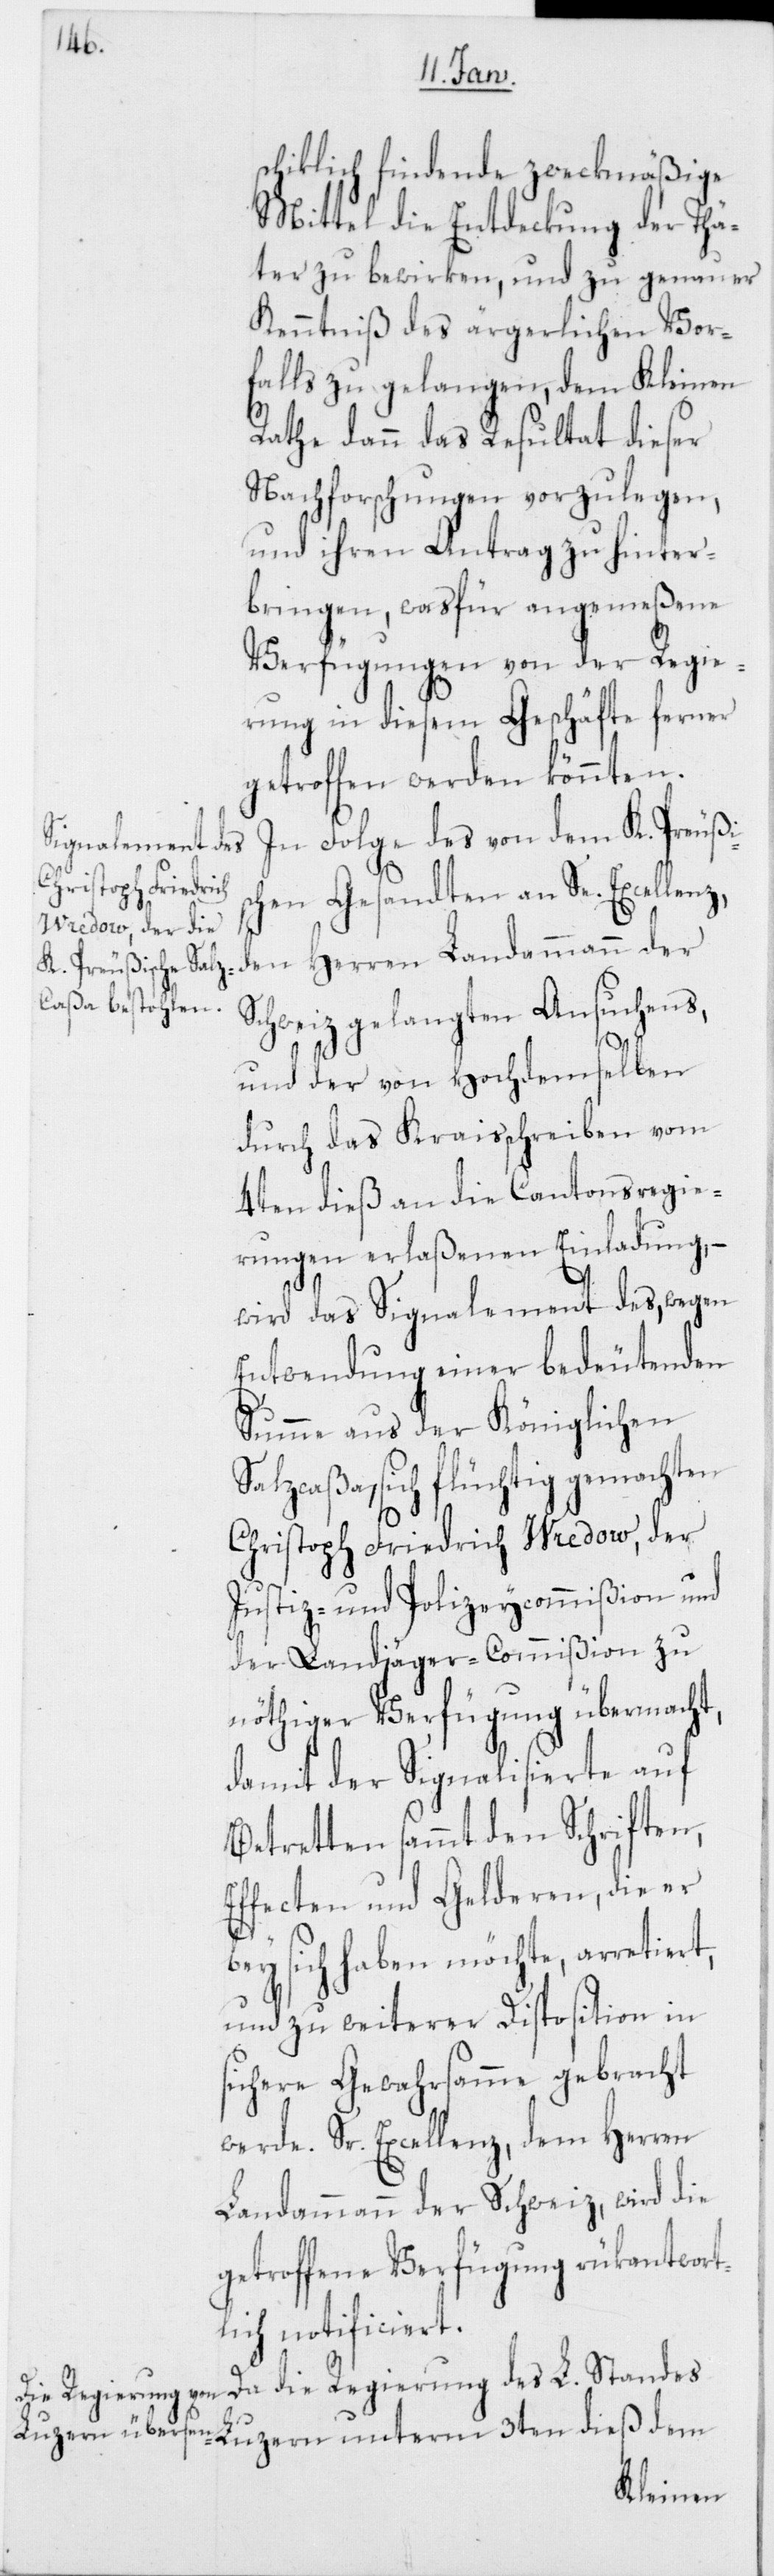
schiklich findende zweckmäßige
Mittel die Entdeckung der Thä¬
ter zu bewirken, und zu genauer
Kenntniß des ärgerlichen Vor¬
falls zu gelangen, dem Kleinen
Rathe dann das Resultat dieser
Nachforschungen vorzulegen,
und ihren Antrag zu hinter¬
bringen, wasfür angemeßene
Verfügungen von der Regie¬
rung in diesem Geschäfte ferner
getroffen werden könnten.
In Folge des von dem K. Preußi¬
Regierung des
schen Gesandten an Se. Excellenz,
den Herren Landammann der
Schweiz gelangten Ansuchens,
L.
und der von Hochdemselben
durch das Kraisschreiben vom
4ten dieß an die Cantonsregie¬
rungen erlaßenen Einladung, –
wird das Signalement des, wegen
Entwendung einer bedeutenden
Summe aus der Königlichen
sich flüchtig gemachten
Christoph Friedrich Wredow, der
Justiz- und Polizeycommißion und
der Landjäger-Commißion zu
nöthiger Verfügung übermacht,
damit der Signalisierte auf
Betretten sammt den Schriften,
ffecten und Gelderen, die er
bey sich haben möchte, arretiert,
und zu weiterer Disposition in
sichere Gewahrsamme gebracht
Sr. Excellenz, dem Herren
Landammann der Schweiz, wird die
getroffene Verfügung rükantwort¬
lich notificiert.
Standes Luzern unterm 3ten dieß dem